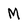
Character: M